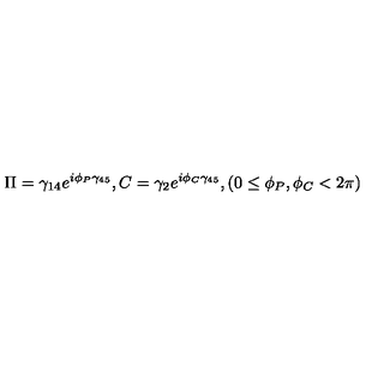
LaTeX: \Pi = \gamma _ { 1 4 } e ^ { i \phi _ { P } \gamma _ { 4 5 } } , C = \gamma _ { 2 } e ^ { i \phi _ { C } \gamma _ { 4 5 } } , ( 0 \leq \phi _ { P } , \phi _ { C } < 2 \pi )